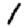
Digit: 1